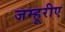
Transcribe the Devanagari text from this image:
जम्हूरीए